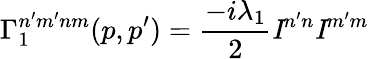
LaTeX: \Gamma_{1}^{n^{\prime}m^{\prime}nm}(p,p^{\prime})=\frac{-i\lambda_{1}}{2}{\mathit I}^{n^{\prime}n}{\mathit I}^{m^{\prime}m}